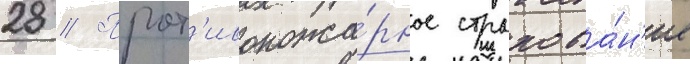
28 // Прот'ивопожа́рное страхова́н'ие